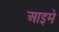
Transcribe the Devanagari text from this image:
आइमे